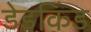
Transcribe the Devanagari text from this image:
डेडकिंड